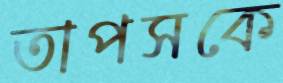
তাপসকে